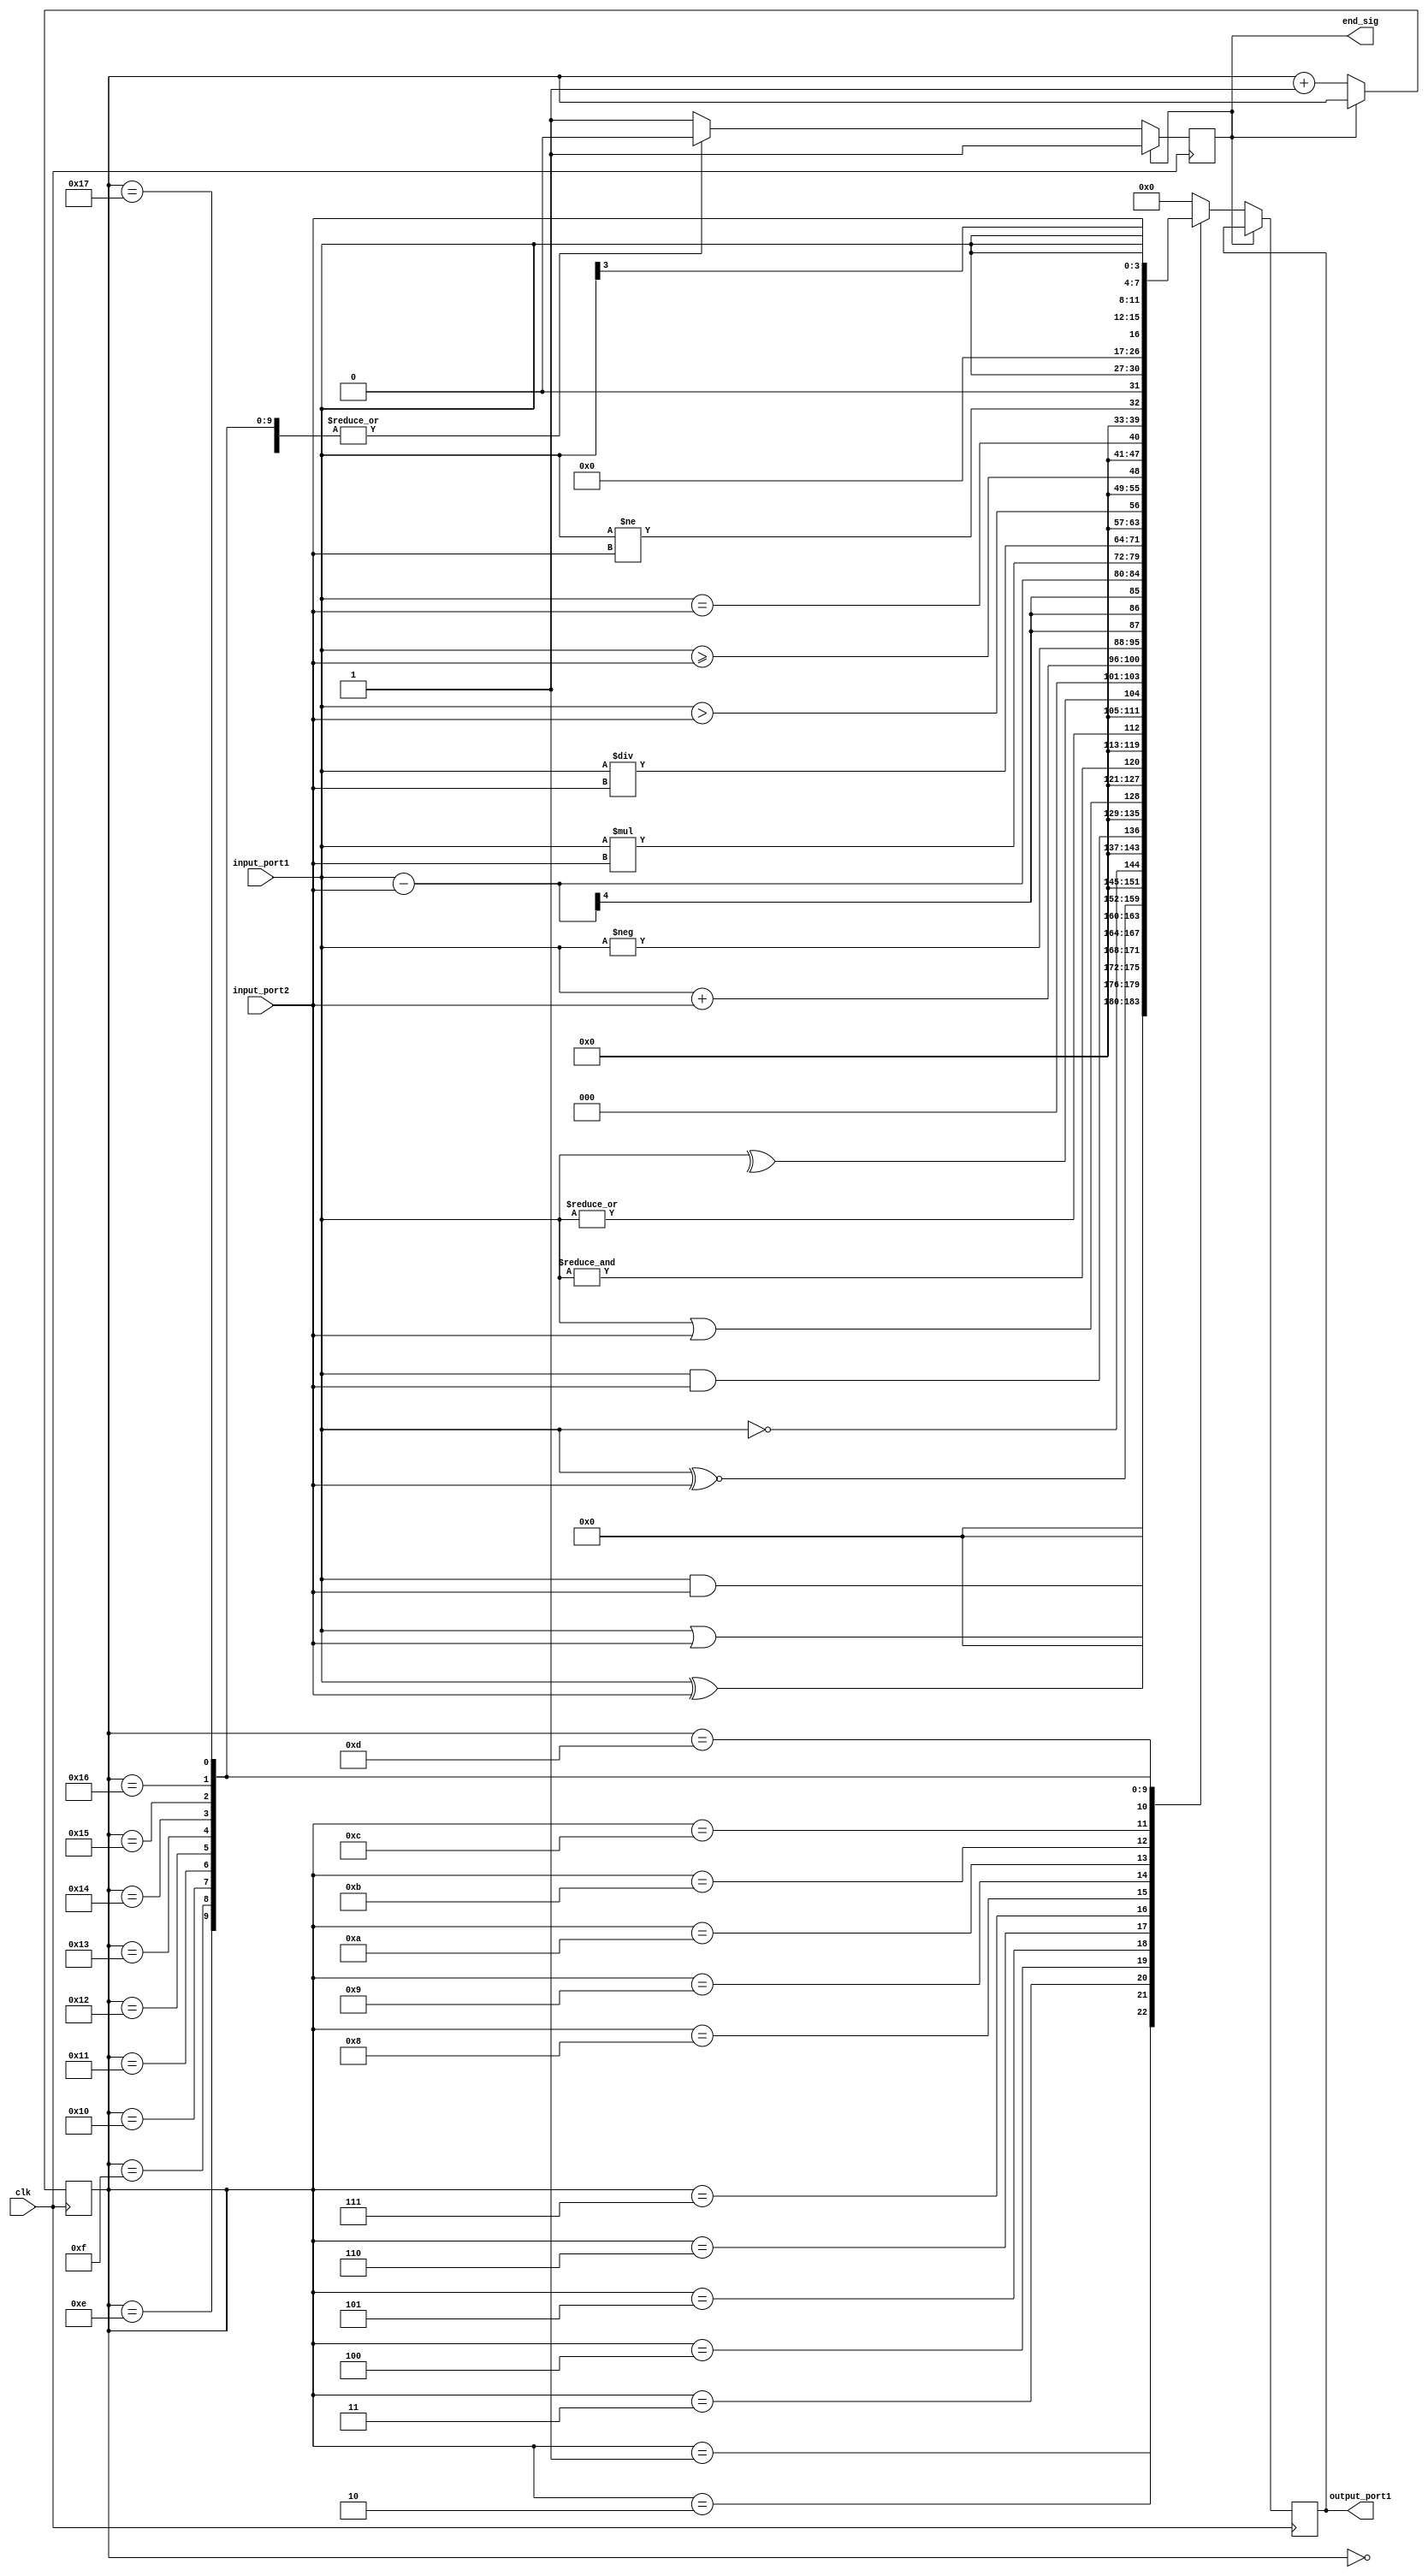
module example1 (input_port1, input_port2, output_port1, clk, end_sig);

input wire clk;
input wire [3:0] input_port1, input_port2;
output reg [7:0] output_port1;
reg [3:0] temp;
output reg end_sig = 1'b0;

reg [4:0] operation = 5'b00000;

always@(posedge clk)
begin
    if (end_sig == 1'b0)
    begin
    //reset
    output_port1 = 8'b00000000;

    case (operation)
        // 1's complement
        //5'b00000: output_port1 = ~input_port1;
        5'b00000: temp = ~input_port1;
        // bitwise AND
        5'b00001: output_port1 = input_port1 & input_port2;
        // bitwise OR
        5'b00010: output_port1 = input_port1 | input_port2;
        // bitwise XOR
        5'b00011: output_port1 = input_port1 ^ input_port2;
        // bitwise XNOR
        5'b00100: output_port1 = input_port1 ~^ input_port2;
        /* logical operators, operate on only ONE digit inputs. if the inputs have more than one digit,
           logical operetor, operates on digits made up by the "OR" of all digits of an input. */
        // logical NOT
        5'b00101: output_port1 = !input_port1;
        // logical AND
        5'b00110: output_port1 = input_port1 && input_port2;
        // logical OR
        5'b00111: output_port1 = input_port1 || input_port2;
        /* reduction operators, operate on digits of a single input */
        // reduction AND
        5'b01000: output_port1 = &input_port1;
        // reduction OR
        5'b01001: output_port1 = |input_port1;
        // reduction XOR
        5'b01010: output_port1 = ^input_port1;
        // sum
        5'b01011: output_port1 = input_port1 + input_port2;
        // 2's complement
        5'b01100: output_port1 = -input_port1;
        // subtract
        5'b01101: output_port1 = input_port1 - input_port2;
        // multiply
        5'b01110: output_port1 = input_port1 * input_port2;
        // divide
        5'b01111: output_port1 = input_port1 / input_port2;
        // grater
        5'b10000: output_port1 = input_port1 > input_port2;
        // grater or equal
        5'b10001: output_port1 = input_port1 >= input_port2;
        // equal
        5'b10010: output_port1 = input_port1 == input_port2;
        // inequal
        5'b10011: output_port1 = input_port1 != input_port2;
        // left shift
        5'b10100: output_port1 = input_port1 << 3;
        //right shift
        5'b10101: output_port1 = input_port1 >> 3;
        // concatinate
        5'b10110: output_port1 = {input_port1, input_port2};
        // replicaton
        5'b10111: output_port1 = {2{input_port1}};
        default: 
        begin 
            output_port1 = 8'b00000000;
            end_sig = 1'b1;
        end
    endcase

    operation = operation + 1'b1;
    end
end
endmodule